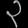
Digit: ၃